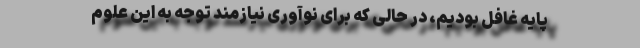
پایه غافل بودیم، در حالی که برای نوآوری نیازمند توجه به این علوم